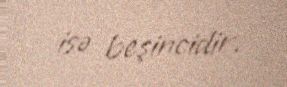
isə beşincidir.